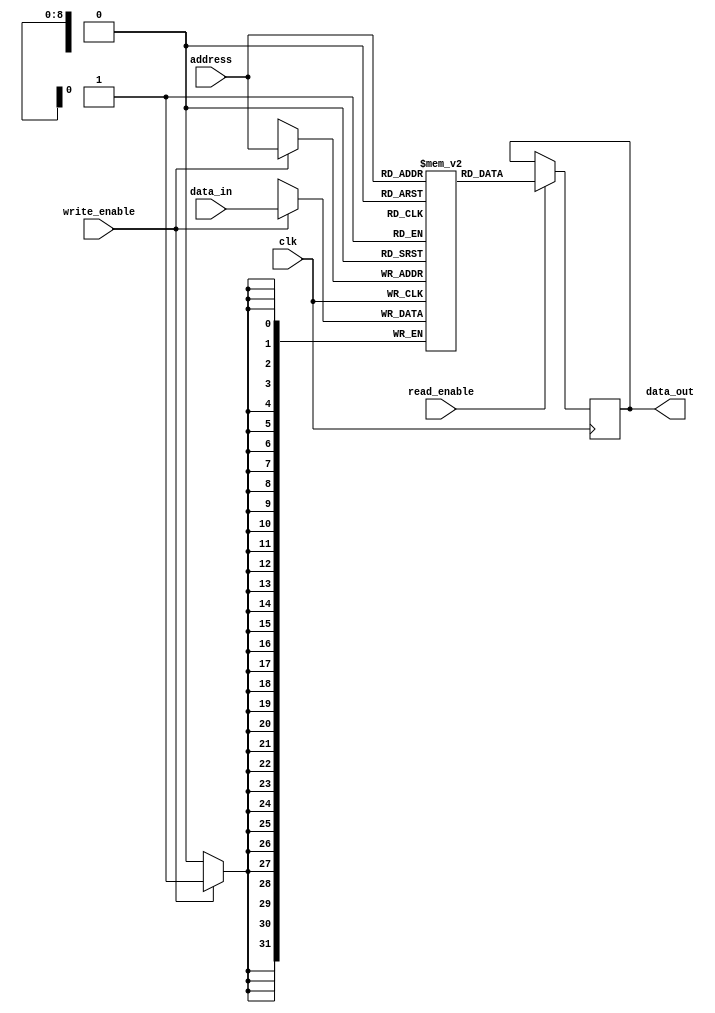
module Memory (
    input clk, write_enable, read_enable,
    input [8:0] address,
    input [31:0] data_in,
    output reg [31:0] data_out);

    reg [31:0] memory [511:0];

    always @(posedge clk) begin
        if (write_enable)
            memory[address] <= data_in;
        
        if (read_enable)
            data_out <= memory[address];
    end
endmodule